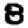
Digit: 8